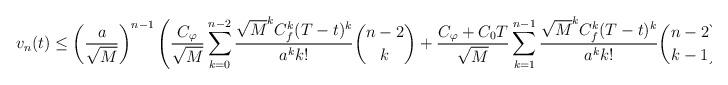
LaTeX: \begin{align*}\\ v_n(t)\leq \left(\dfrac{a}{\sqrt{M}}\right)^{n-1}\left(\dfrac{C_{\varphi}}{\sqrt{M}}\sum_{k=0}^{n-2}\dfrac{\sqrt{M}^kC_f^k(T-t)^k}{a^kk!}\binom{n-2}{k}+\dfrac{C_{\varphi}+C_0T}{\sqrt{M}}\sum_{k=1}^{n-1}\dfrac{\sqrt{M}^kC_f^k(T-t)^k}{a^kk!}\binom{n-2}{k-1}\right) \end{align*}